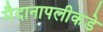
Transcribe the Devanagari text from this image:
मैदानापलीकडे